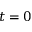
t = 0